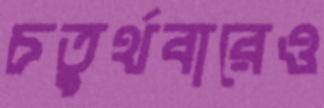
চতুর্থবারেও